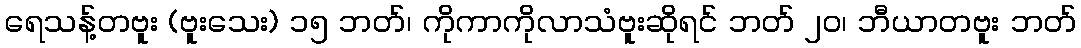
ရေသန့်တဗူး (ဗူးသေး) ၁၅ ဘတ်၊ ကိုကာကိုလာသံဗူးဆိုရင် ဘတ် ၂၀၊ ဘီယာတဗူး ဘတ်